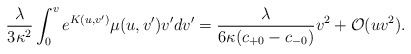
\begin{align*} \frac{\lambda}{3\kappa^2}\int_0^ve^{K(u,v')}\mu(u,v')v'dv'=\frac{\lambda}{6\kappa(c_{+0}-c_{-0})}v^2+\mathcal{O}(uv^2).\end{align*}